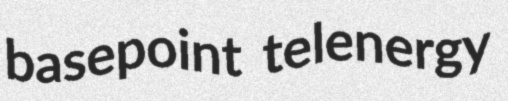
basepoint telenergy